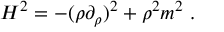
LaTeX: H ^ { 2 } = - ( \rho \partial _ { \rho } ) ^ { 2 } + \rho ^ { 2 } m ^ { 2 } ~ .